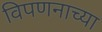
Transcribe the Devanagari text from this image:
विपणनाच्या